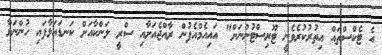
އެ ޓެކްސްތައް އިތުރުކުރެވެނީ ޓޫރިސްޓުންނަށް" އައިއެމްއެފުން ރާއްޖެއަށާއި ސްރީ ލަންކާއަށް ކަނޑައަޅާފައި ހުންނަވާ